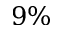
9 \%